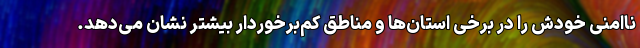
ناامنی خودش را در برخی استان‌ها و مناطق کم‌برخوردار بیشتر نشان می‌دهد.